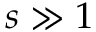
s \gg 1